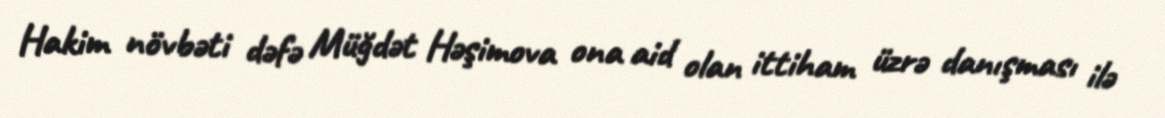
Hakim növbəti dəfə Müğdət Həşimova ona aid olan ittiham üzrə danışması ilə